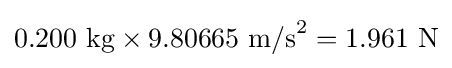
0.200{\text{ kg}}\times 9.80665{\text{ m/s}}^{2}=1.961{\text{ N}}